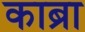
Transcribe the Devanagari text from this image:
काब्रा